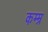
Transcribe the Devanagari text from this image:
कम्म्र